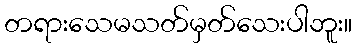
တရားသေမသတ်မှတ်သေးပါဘူး။